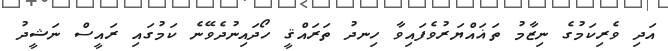
އަދި ވެރިކަމުގެ ނިޒާމު ތަޣައްޔަރުވެފައިވާ ހިނދު ތަރައްޤީ ހޯދައިނުދެވޭނެ ކަމުގައި ރައީސް ނަޝީދު